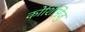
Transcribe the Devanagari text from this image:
कोशिमिजु